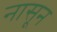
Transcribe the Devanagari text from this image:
नासून